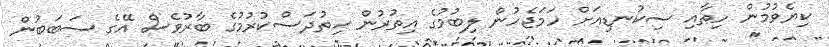
ކިޔެވުމުން ހިތާއި ސިކުނޑިއަށް ހަމަޖެހުން ލިބުމުގެ އިތުރުން ހިތުދަސްކުރުމުގެ ބާރުވެސް އޭގެ ސަބަބުން